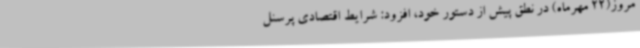
مروز(22 مهرماه) در نطق پیش از دستور خود، افزود: شرایط اقتصادی پرسنل